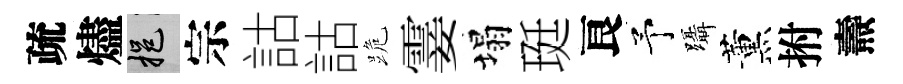
疏燼挹宗詁詁跪霎塌珽良予躡薰拊燾